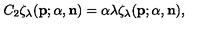
C _ { 2 } \zeta _ { \lambda } ( { \bf p } ; { \alpha } , { \bf n } ) = { \alpha } { \lambda } \zeta _ { \lambda } ( { \bf p } ; { \alpha } , { \bf n } ) ,